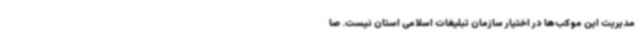
مدیریت این موکب‌ها در اختیار سازمان تبلیغات اسلامی استان نیست. صا